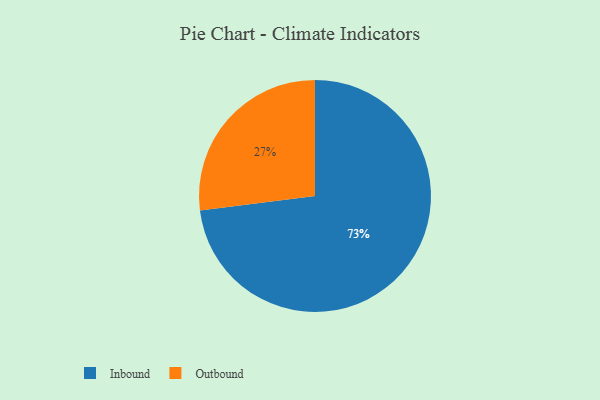
{"axis": {"x": "Category", "y": "Percentage"}, "legend": ["Inbound", "Outbound"], "data": [{"x": "Outbound", "y": 27, "type": "Outbound"}, {"x": "Inbound", "y": 73, "type": "Inbound"}]}